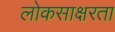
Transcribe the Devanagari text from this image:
लोकसाक्षरता